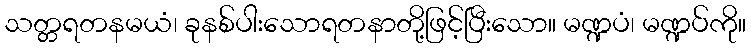
သတ္တရတနမယံ၊ ခုနစ်ပါးသောရတနာတို့ဖြင့်ပြီးသော။ မဏ္ဍပံ၊ မဏ္ဍပ်ကို။